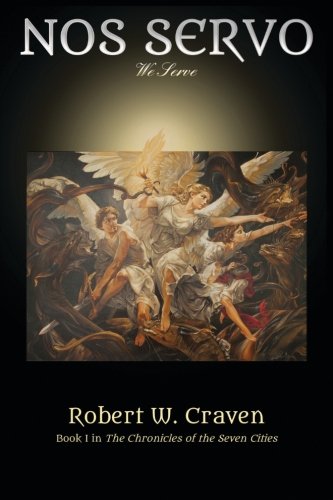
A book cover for Nos Servo: We Serve (The Chronicles of the Seven Cities) (Volume 1); Robert W. Craven; Literature & Fiction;